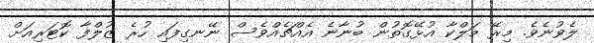
ލެވުނެވެ. މިރޭ މަލްކާ އުޅޭގޮތުން ބުނާނެ އެއްޗެއްވެސް ނޭނގިފައި ހުރެ ޒުލްފާ ކޮޓަރިއަށް